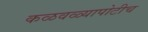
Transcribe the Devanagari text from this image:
कळवळ्यापोटीच